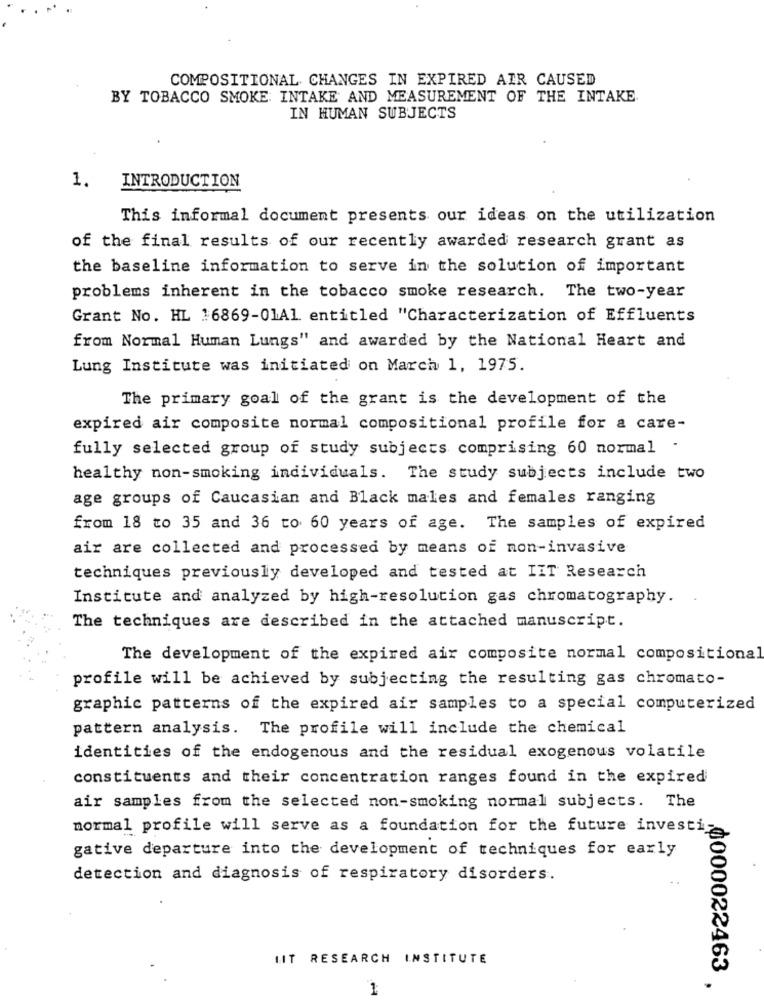
COMPOSITIONAL CHANGES IN EXPIRED AIR CAUSED
BY TOBACCO SMOKE: INTAKE AND MEASUREMENT OF THE INTAKE.
IN HUMAN SUBJECTS
1.
INTRODUCTION
This informal document presents our ideas on the utilization
of the final results of our recently awarded research grant as
the baseline information to serve in the solution of important
problems inherent in the tobacco smoke research. The two-year
Grant No. HL :6869-01A1 entitled "Characterization of Effluents
from Normal Human Lungs" and awarded by the National Heart and
Lung Institute was initiated on March 1, 1975.
The primary goal of the grant is the development of the
expired air composite normal compositional profile for a care-
fully selected group of study subjects comprising 60 normal .
healthy non-smoking individuals. The study subjects include two
age groups of Caucasian and Black males and females ranging
from 18 to 35 and 36 to 60 years of age. The samples of expired
air are collected and processed by means of non-invasive
techniques previously developed and tested at IIT Research
Institute and analyzed by high-resolution gas chromatography.
The techniques are described in the attached manuscript.
The development of the expired air composite normal compositional
profile will be achieved by subjecting the resulting gas chromato-
graphic patterns of the expired air samples to a special computerized
pattern analysis. The profile will include the chemical
identities of the endogenous and the residual exogenous volatile
constituents and their concentration ranges found in the expired
air samples from the selected non-smoking normal subjects. The
normal profile will serve as a foundation for the future investi
gative departure into the development of techniques for early
detection and diagnosis of respiratory disorders.
LIT RESEARCH INSTITUTE
1
.0000022463 .